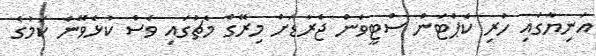
އަނިޔާގައި ހުރި ކެޕްޓަން ސްޓީވަން ޖެރާޑަށް މިރޭގެ މެޗުގައި ވެސް ކުޅެވޭނެ ކަމުގެ